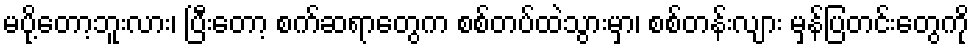
မပို့တော့ဘူးလား၊ ပြီးတော့ စက်ဆရာတွေက စစ်တပ်ထဲသွားမှာ၊ စစ်တန်းလျား မှန်ပြတင်းတွေကို